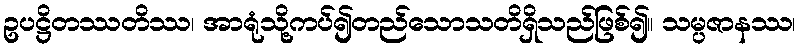
ဥပဋ္ဌိတဿတိဿ၊ အာရုံသို့ကပ်၍တည်သောသတိရှိသည်ဖြစ်၍။ သမ္ပဇာနဿ၊